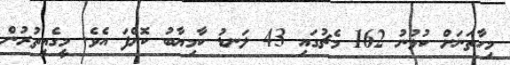
މިހާތަނަށް ކުޅުނު 162 މެޗުގައި 43 ލަނޑު ކާމިޔާބު ކޮށްފަ އެވެ. މީގެއިތުރުން